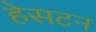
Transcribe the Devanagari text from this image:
हेसटन